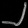
Digit: ၂